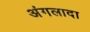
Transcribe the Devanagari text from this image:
अंगलादा